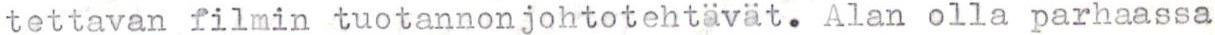
tettavan filmin tuotannonjohtotehtävät. Alan olla parhaassa